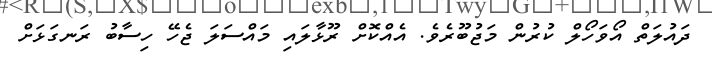
ދައުލަތް އޯވަހޯލް ކުރުން މަޖުބޫރެވެ. އެއްކޮށް ރޫޅާލައި މައްސަލަ ޖެހޭ ހިސާބު ރަނގަޅަށް